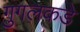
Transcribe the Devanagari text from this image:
गुगलकडे